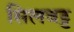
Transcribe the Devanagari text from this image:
सिलवट्ट